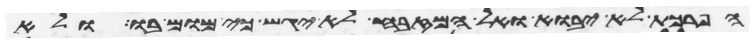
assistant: הפרכת לא יבוא ואל המזבח לא יגש כי מום בו ולא